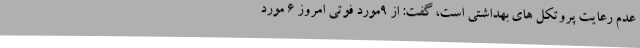
عدم رعایت پروتکل های بهداشتی است، گفت: از 9مورد فوتی امروز 6 مورد